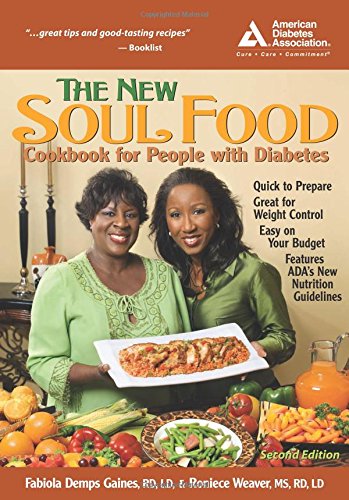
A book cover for The New Soul Food Cookbook for People with Diabetes; Fabiola Demps Gaines; Cookbooks, Food & Wine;